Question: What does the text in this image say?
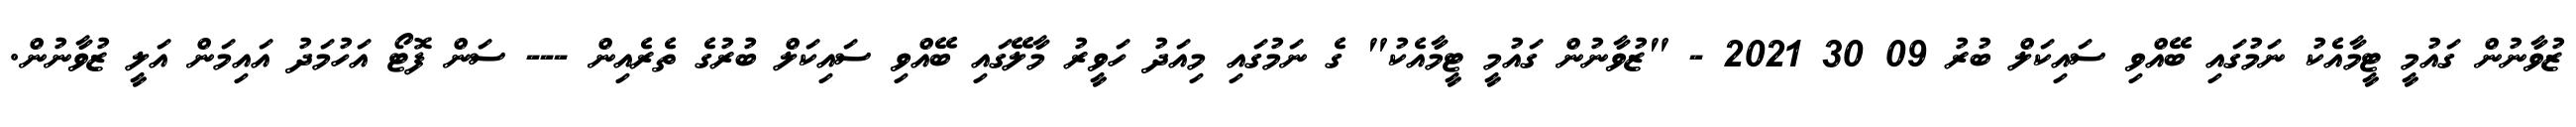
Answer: ޒުވާނުން ގައުމީ ޓީމާއެކު ނަމުގައި ބޭއްވި ސައިކަލް ބުރު 09 30 2021 - "ޒުވާނުން ގައުމީ ޓީމާއެކު" ގެ ނަމުގައި މިއަދު ހަވީރު މާލޭގައި ބޭއްވި ސައިކަލް ބުރުގެ ތެރެއިން --- ސަން ފޮޓޯ އަހުމަދު އައިމަން އަލީ ޒުވާނުން.